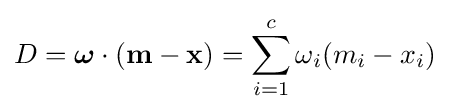
D={\boldsymbol {\omega }}\cdot (\mathbf {m} -\mathbf {x} )=\sum _{i=1}^{c}\omega _{i}(m_{i}-x_{i})